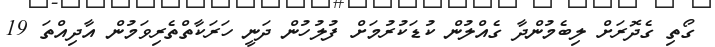
ގޯތި ގެދޮރަށް ލިބެމުންދާ ގެއްލުން ކުޑަކުރުމަށް ފުލުހުން ދަނީ ހަރަކާތްތެރިވަމުން އާދިއްތަ 19